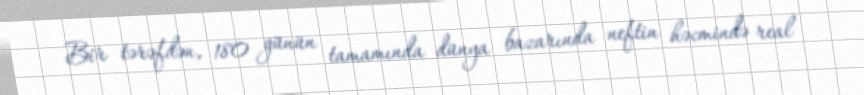
Bir tərəfdən, 180 günün tamamında dünya bazarında neftin həcmində real